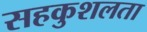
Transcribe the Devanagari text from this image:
सहकुशलता